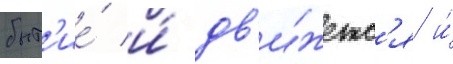
быт'ие́ и́ дв'и́жетс'я и́